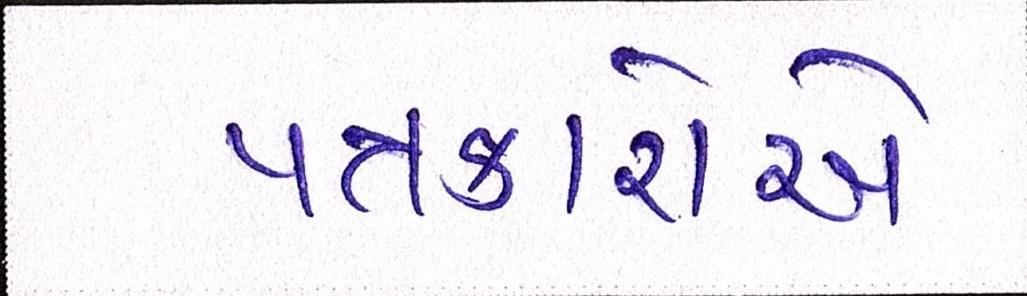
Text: પત્રકારોએ